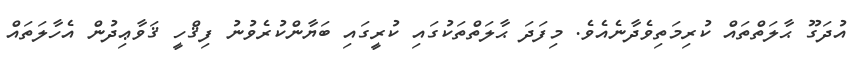
އުދަގޫ ޙާލަތްތައް ކުރިމަތިވެދާނެއެވެ. މިފަދަ ޙާލަތްތަކުގައި ކުރީގައި ބަޔާންކުރެވުނު ފިޤްހީ ޤަވާޢިދުން އެހާލަތައް